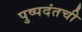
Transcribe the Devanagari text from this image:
पुष्पदंतची